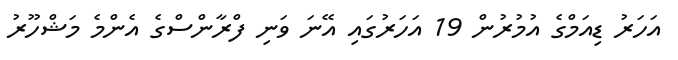
އަހަރު ޑިއަމްގެ އުމުރުން 19 އަހަރުގައި އޭނަ ވަނި ފްރާންސްގެ އެންމެ މަޝްހޫރު